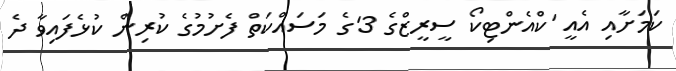
ކަމަށާއި އެއީ 'ކްއެންޓިކޯ ސީރީޒްގެ 3'ގެ މަސައްކަތް ފެށުމުގެ ކުރިން ކުޅެފައިވާ ދެ